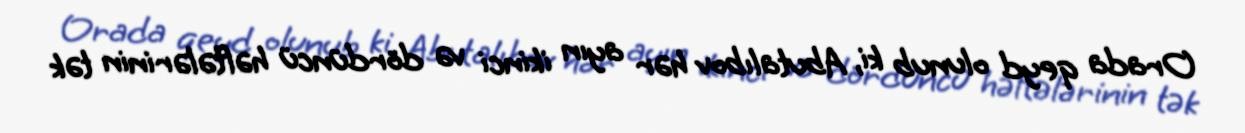
Orada qeyd olunub ki, Abutalıbov hər ayın ikinci və dördüncü həftələrinin tək